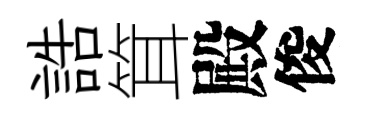
誥䇯殿俊